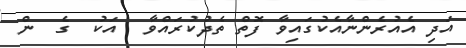
އަދި އެއުރެންނާއެކުގައިވާ ފޮތް ތެދުކުރައްވާ  އަކު  ގެ  ން